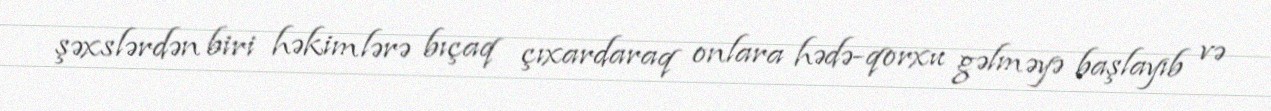
şəxslərdən biri həkimlərə bıçaq çıxardaraq onlara hədə-qorxu gəlməyə başlayıb və